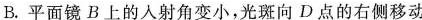
B.平面镜B上的人射角变小，光斑向D点的右侧移动